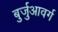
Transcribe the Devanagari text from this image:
बुर्जुआवर्ग